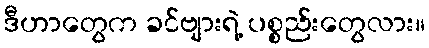
ဒီဟာတွေက ခင်ဗျားရဲ့ ပစ္စည်းတွေလား။